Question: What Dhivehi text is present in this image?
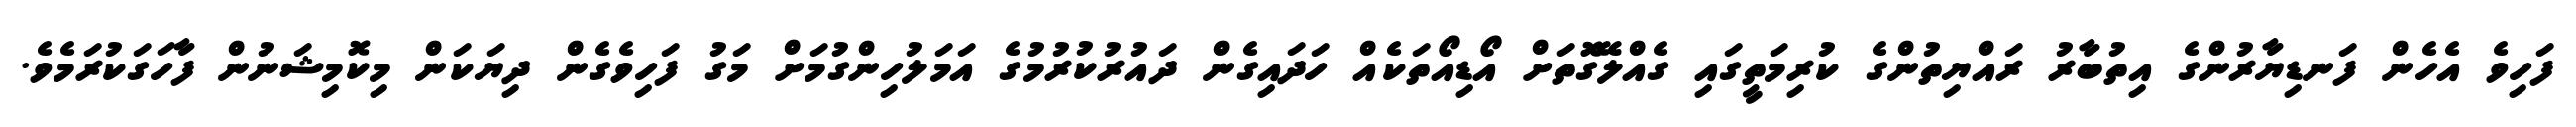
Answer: ފަހިވެ އެހެން ފަނޑިޔާރުންގެ އިތުބާރު ރައްޔިތުންގެ ކުރިމަތީގައި ގެއްލޭގޮތަށް އޯޑިއޯތަކެއް ހަދައިގެން ދައުރުކުރުމުގެ އަމަލުހިންގުމަށް މަގު ފަހިވެގެން ދިޔަކަން މިކޮމިޝަނުން ފާހަގަކުރަމެވެ.